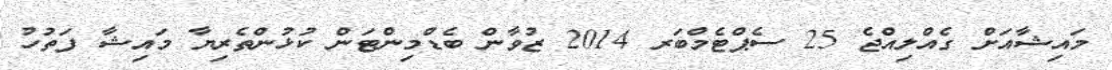
މައިޝާއަށް ގެއްލިއްޖެ 25 ސެޕްޓެމްބަރ 2014 ޒުވާން ބެޑްމިންޓަން ކުޅުންތެރިޔާ މައިޝާ ފަތުހު